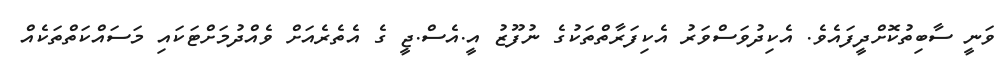
ވަނީ ސާބިތުކޮށްދީފައެވެ. އެކިދުވަސްވަރު އެކިފަރާތްތަކުގެ ނުފޫޒު އީ.އެސް.ޖީ ގެ އެތެރެއަށް ވެއްދުމަށްޓަކައި މަސައްކަތްތަކެއް